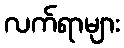
လက်ရာများ